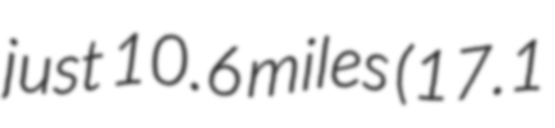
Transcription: just 10.6 miles (17.1